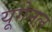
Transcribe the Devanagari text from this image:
यूगेनल